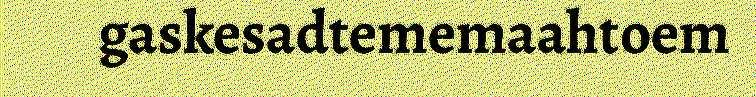
gaskesadtememaahtoem